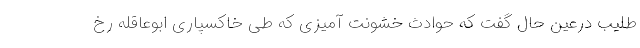
طلیب درعین حال گفت که حوادث خشونت آمیزی که طی خاکسپاری ابوعاقله رخ